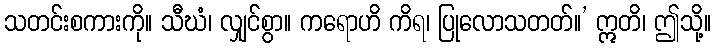
သတင်းစကားကို။ သီဃံ၊ လျှင်စွာ။ ကရောဟိ ကိရ၊ ပြုလောသတတ်။’ ဣတိ၊ ဤသို့။